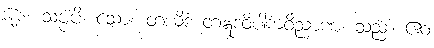
၆၂၈။ သဗ္ဗံပိ၊ သော။ တယိဒံ တံဣဒံဝိပါကဝိညာဏံ၊ သည်။ ဧဝံ